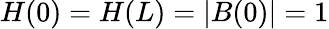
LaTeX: H(0)=H(L)=|B(0)|=1